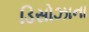
ડિસોઝાના